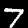
Label: 7